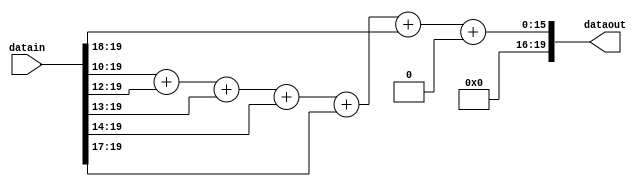
//0.0014166 => 0.00000 00001 01110 01101

module coeff_3(
	datain,    
	dataout
	);
	
input [19:0] datain;
output [19:0] dataout;

assign dataout = (datain>>10) + (datain>>12) + (datain>>13) + (datain>>14) + (datain>>17) +(datain>>18) + (datain>>20);

endmodule